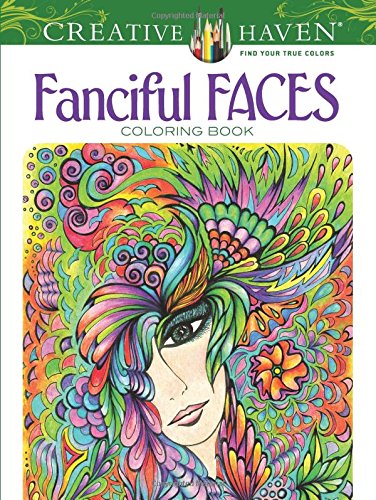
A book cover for Creative Haven Fanciful Faces Coloring Book (Creative Haven Coloring Books); Miryam Adatto; Crafts, Hobbies & Home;